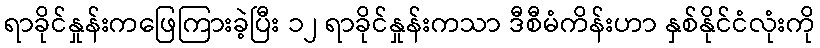
ရာခိုင်နှုန်းကဖြေကြားခဲ့ပြီး ၁၂ ရာခိုင်နှုန်းကသာ ဒီစီမံကိန်းဟာ နှစ်နိုင်ငံလုံးကို